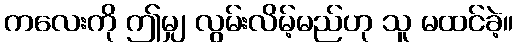
ကလေးကို ဤမျှ လွမ်းလိမ့်မည်ဟု သူ မထင်ခဲ့။